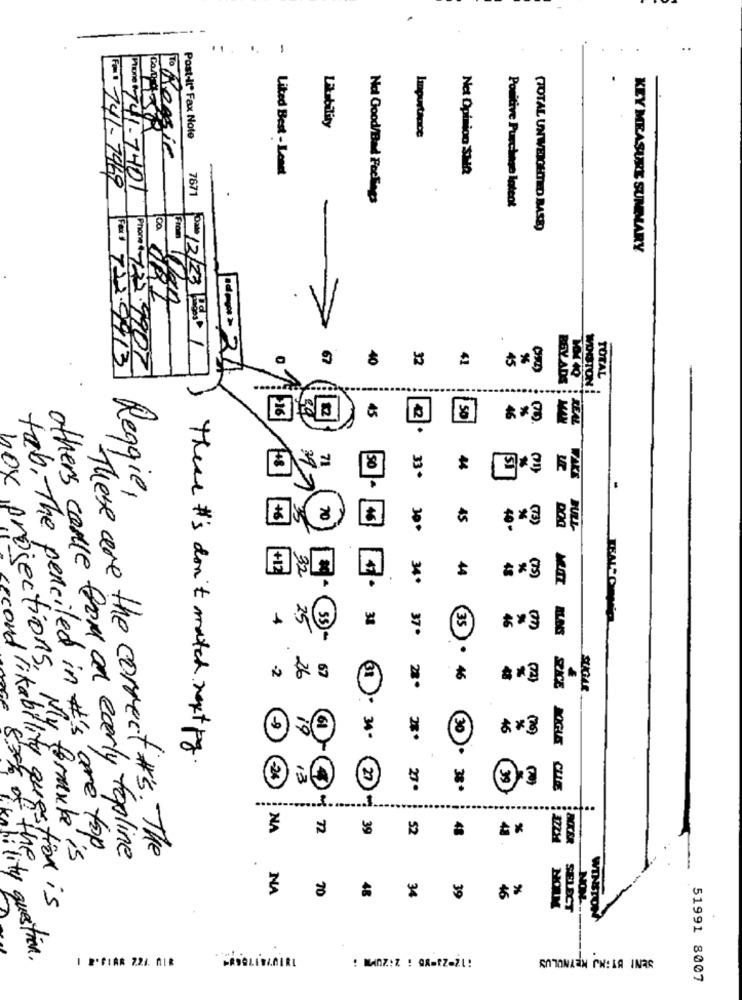
-
Post-It" Fax Note
Importance
1º Reggie
Liked Best - Lenet
Net Opinion SMA
F21 141-7469
Pono 741-7401
7671
Not Good/Bad Feelings
Positive Purchase lateat
8
(TOTAL UNWEIGHTED BASE)
From
KEY MEASURE SUMMARY
Phone +-122
832
Fall 222.9
67
40
32
41
45
BOY ADS
TOTAL
WINSTON
45
REA
16
50
2.
71
44
33*
50
Reggie,
+6
70
45
(73)
300
400
BULL
44
34.
48
47.
31
37.
35
** 3
46
67
46
SPACE
SUGAR
31 .
-9
61
30
46
%
There #'s don't match next py
JOGUE
-24
3
39
27·
38.
QUE
...
27
8.3% of +
NA
72
39
52
48
tab. The penciled in #'s are top.
These are the correct #'s. The
box projections. My formule is
others come from an early topline
NA
70
34
%
48
39
46
econd rikability question is
NORM
SELECT
NOL.
WINSTON
likeability question.
I 2ºFIAR 22/. AL#
51991 8007